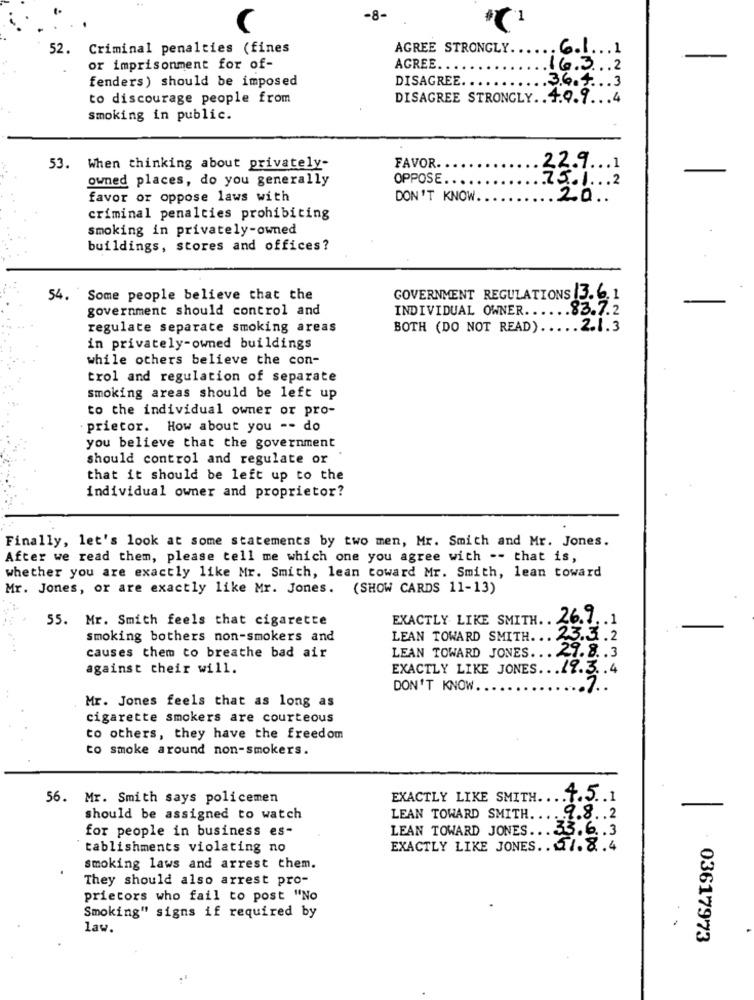
-8-
-
52.
Criminal penalties (fines
AGREE STRONGLY.
6.1 ... 1
or imprisonment for of-
AGREE ..
16.3 .2
fenders) should be imposed
DISAGREE. .
.3.6.4. .. 3
to discourage people from
DISAGREE STRONGLY .. 4.9.9 ... 4
Smoking in public.
53. When thinking about privately-
FAVOR.
22.9. .. 1
owned places, do you generally
OPPOSE.
.75.1 ... 2
favor or oppose laws with
DON'T KNOW.
.20 ..
criminal penalties prohibiting
smoking in privately-owned
buildings, stores and offices?
54. Some people believe that the
GOVERNMENT REGULATIONS 3.6.1
government should control and
INDIVIDUAL OWNER ...... 83.7.2
regulate separate smoking areas
BOTH (DO NOT READ) ..... 2.1.3
in privately-owned buildings
while others believe the con-
trol and regulation of separate
smoking areas should be left up
to the individual owner or pro-
prietor. How about you -- do
you believe that the government
should control and regulate or
that it should be left up to the
individual owner and proprietor?
Finally, let's look at some statements by two men, Mr. Smith and Mr. Jones.
After we read them, please tell me which one you agree with -- that is,
whether you are exactly like Mr. Smith, lean toward Mr. Smith, lean toward
Mr. Jones, or are exactly like Mr. Jones. (SHOW CARDS 11-13)
55. Mr. Smith feels that cigarette
EXACTLY LIKE SMITH. . Z6. 7. . 1
smoking bothers non-smokers and
LEAN TOWARD SMITH. .
23.3.2
LEAN TOWARD JONES ... 27.8 .. 3
causes them to breathe bad air
against their will.
EXACTLY LIKE JONES ... 19.3 .. 4
DON'T KNOW.
.7 ..
Mr. Jones feels that as long as
cigarette smokers are courteous
to others, they have the freedom
to smoke around non-smokers.
56. Mr. Smith says policemen
EXACTLY LIKE SMITH.
4.5.1
should be assigned to watch
LEAN TOWARD SMITH ...
9.8 .. 2
for people in business es-
LEAN TOWARD JONES.
33.6.3
tablishments violating no
EXACTLY LIKE JONES .. 1.8.4
smoking laws and arrest them.
They should also arrest pro-
prietors who fail to post "No
Smoking" signs if required by
law.
03617973